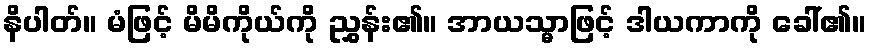
နိပါတ်။ မံဖြင့် မိမိကိုယ်ကို ညွှန်း၏။ အာယသ္မာဖြင့် ဒါယကာကို ခေါ်၏။